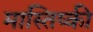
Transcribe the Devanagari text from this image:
मास्तिष्की